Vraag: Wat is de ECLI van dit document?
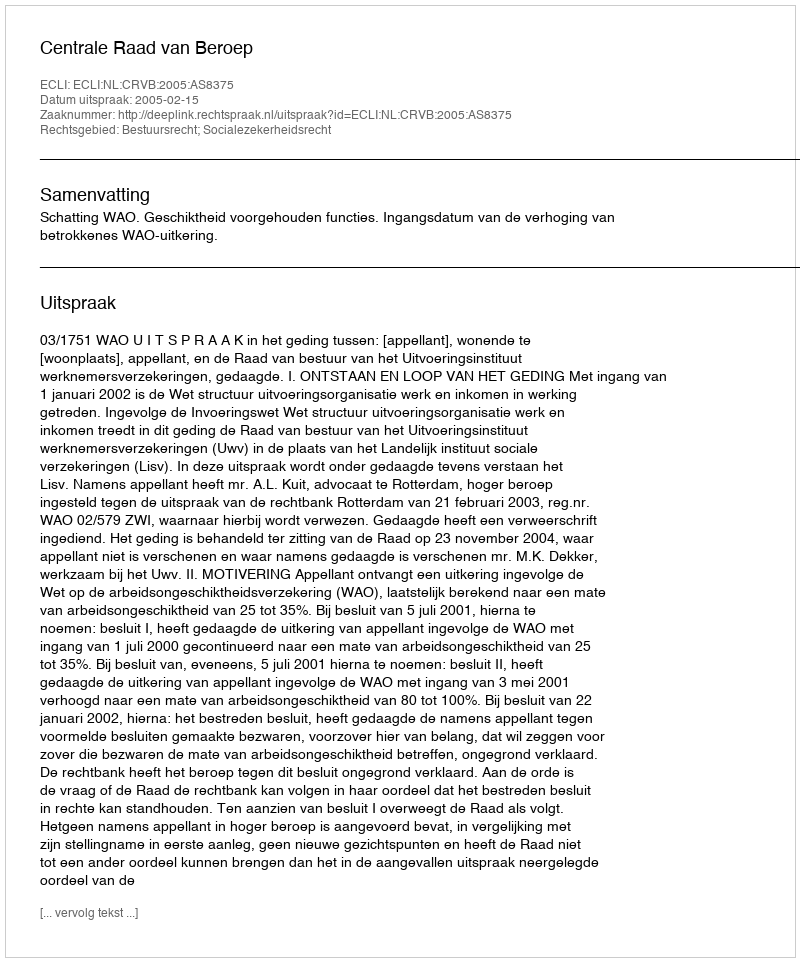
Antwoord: ECLI:NL:CRVB:2005:AS8375